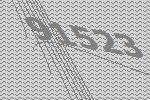
91523